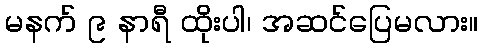
မနက် ၉ နာရီ ထိုးပါ၊ အဆင်ပြေမလား။